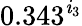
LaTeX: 0.343^{\mathit{i}_{3}}